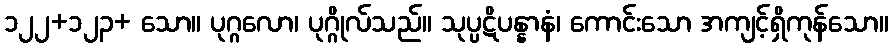
၁၂၂+၁၂၃+ သော။ ပုဂ္ဂလော၊ ပုဂ္ဂိုလ်သည်။ သုပ္ပဋိပန္နာနံ၊ ကောင်းသော အကျင့်ရှိကုန်သော။